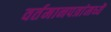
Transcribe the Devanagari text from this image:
वर्तमानपत्रांमध्यॆ